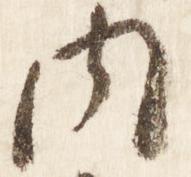
内